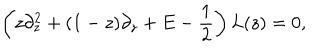
LaTeX: \left( z \partial _ { z } ^ { 2 } + ( 1 - z ) \partial _ { z } + E - { \frac { 1 } { 2 } } \right) L ( z ) = 0 ,